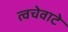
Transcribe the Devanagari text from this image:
त्वचेवाटे